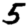
Digit: 5